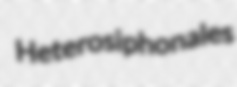
Heterosiphonales